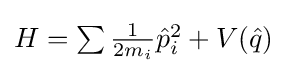
{\textstyle H=\sum {\frac {1}{2m_{i}}}{\hat {p}}_{i}^{2}+V({\hat {q}})}